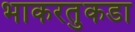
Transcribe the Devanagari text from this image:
भाकरतुकडा